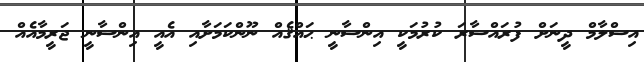
އިސްލާމް ދީނަށް ފުރައްސާރަ ކުރުމަކީ އިންސާނީ ޙައްޤެއް ނޫންކަމަށާއި އެއީ އިންސާނީ ޖަރީމާއެއް